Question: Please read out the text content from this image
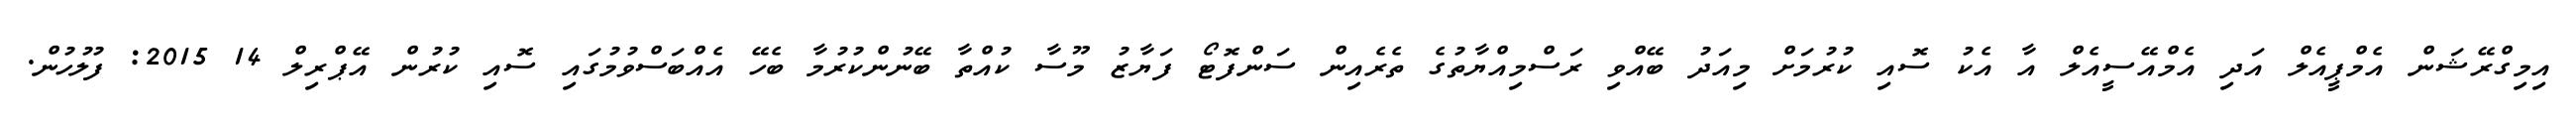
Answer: އިމިގްރޭޝަން އެމްޕީއެލް އަދި އެމްއޭސީއެލް އާ އެކު ސޮއި ކުރުމަށް މިއަދު ބޭއްވި ރަސްމިއްޔާތުގެ ތެރެއިން ސަންފޮޓޯ ފަޔާޒު މޫސާ ކުއްތާ ބޭނުންކުރުމާ ބެހޭ އެއްބަސްވުމުގައި ސޮއި ކުރުން އޭޕްރިލް 14 2015: ފުލުހުން.